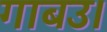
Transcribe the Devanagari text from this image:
गाबउ।